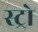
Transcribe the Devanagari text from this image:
स्ट्रो